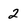
Character: 2